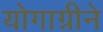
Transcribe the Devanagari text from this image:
योगाग्नीने